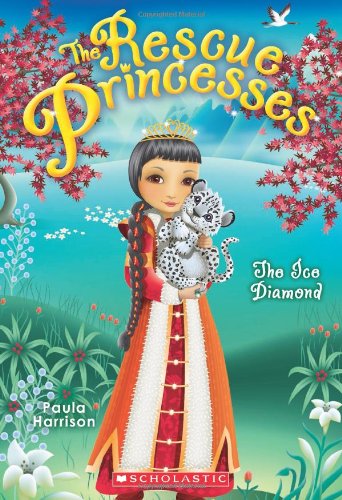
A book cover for Rescue Princesses #10: The Ice Diamond; Paula Harrison; Children's Books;